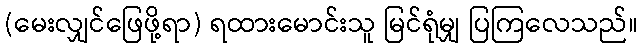
(မေးလျှင်ဖြေဖို့ရာ) ရထားမောင်းသူ မြင်ရုံမျှ ပြကြလေသည်။